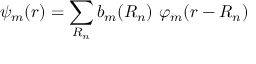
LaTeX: \psi _ { m } ( { \boldsymbol { r } } ) = \sum _ { \boldsymbol { R _ { n } } } b _ { m } ( { \boldsymbol { R _ { n } } } ) \ \varphi _ { m } ( { \boldsymbol { r - R _ { n } } } )